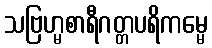
သဗြဟ္မစာရီဂတ္တပရိကမ္မေ